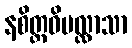
နစိတ္တဝိပလ္လာသာ